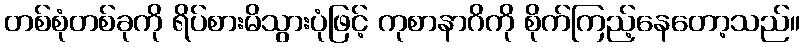
တစ်စုံတစ်ခုကို ရိပ်စားမိသွားပုံဖြင့် ကုစာနာဂိကို စိုက်ကြည့်နေတော့သည်။